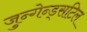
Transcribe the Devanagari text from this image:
जुन्गेन्ड्सटिल